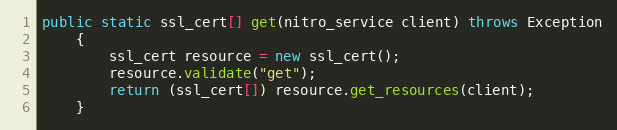
Language: Java
public static ssl_cert[] get(nitro_service client) throws Exception
	{
		ssl_cert resource = new ssl_cert();
		resource.validate("get");
		return (ssl_cert[]) resource.get_resources(client);
	}